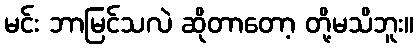
မင်း ဘာမြင်သလဲ ဆိုတာတော့ တို့မသိဘူး။